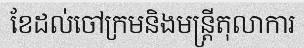
ខែដល់ចៅក្រមនិងមន្ត្រីតុលាការ